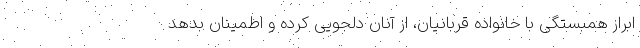
ابراز همبستگی با خانواده قربانیان، از آنان دلجویی کرده و اطمینان بدهد